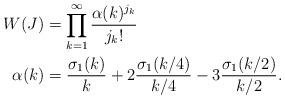
LaTeX: \begin{align*}W(J) &= \prod_{k=1}^{\infty} \frac{\alpha(k)^{j_k}}{j_k !} \\\alpha(k) &= \frac{\sigma_1(k)}{k} + 2\frac{\sigma_1(k/4)}{k/4} - 3\frac{\sigma_1(k/2)}{k/2}.\end{align*}